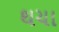
થચા